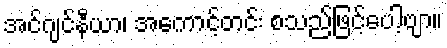
အင်ဂျင်နီယာ၊ အကောင့်တင်း စသည်ဖြင့်ပေါ့ဗျာ။